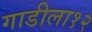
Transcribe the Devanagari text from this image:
गाडीला१२